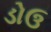
ડોઉ